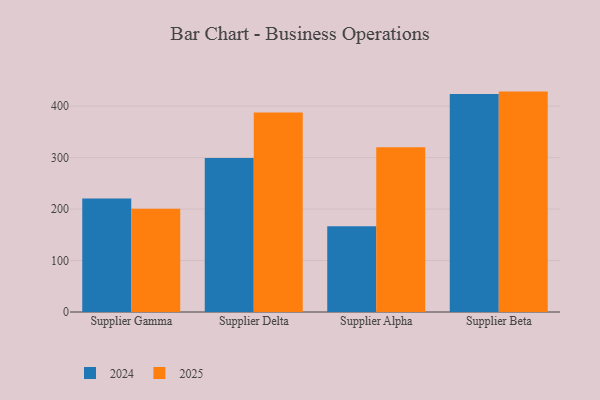
{"axis": {"x": "Supplier", "y": "Satisfaction Score"}, "legend": ["2024", "2025"], "data": [{"x": "Supplier Gamma", "y": 200.7, "type": "2025"}, {"x": "Supplier Gamma", "y": 220.7, "type": "2024"}, {"x": "Supplier Delta", "y": 387.6, "type": "2025"}, {"x": "Supplier Delta", "y": 299.4, "type": "2024"}, {"x": "Supplier Alpha", "y": 320.0, "type": "2025"}, {"x": "Supplier Alpha", "y": 166.8, "type": "2024"}, {"x": "Supplier Beta", "y": 428.2, "type": "2025"}, {"x": "Supplier Beta", "y": 423.3, "type": "2024"}]}